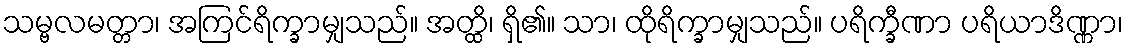
သမ္ဗလမတ္တာ၊ အကြင်ရိက္ခာမျှသည်။ အတ္ထိ၊ ရှိ၏။ သာ၊ ထိုရိက္ခာမျှသည်။ ပရိက္ခီဏာ ပရိယာဒိဏ္ဏာ၊